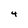
Character: 4